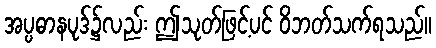
အပ္ပဓာနပုဒ်၌လည်း ဤသုတ်ဖြင့်ပင် ဝိဘတ်သက်ရသည်။